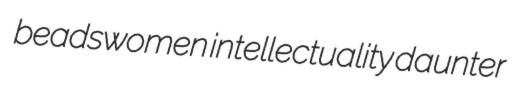
beadswomen intellectuality daunter